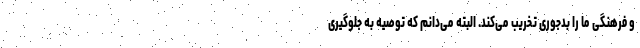
و فرهنگی ما را بدجوری تخریب می‌کند. البته می‌دانم که توصیه به جلوگیری